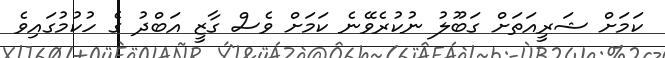
ކަމަށް ޝަރީއަތަށް ގަބޫލު ނުކުރެވޭނެ ކަމަށް ވެސް ގާޒީ އަބްދު ގެ ހުކުމުގައިވެ